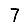
Digit: 7